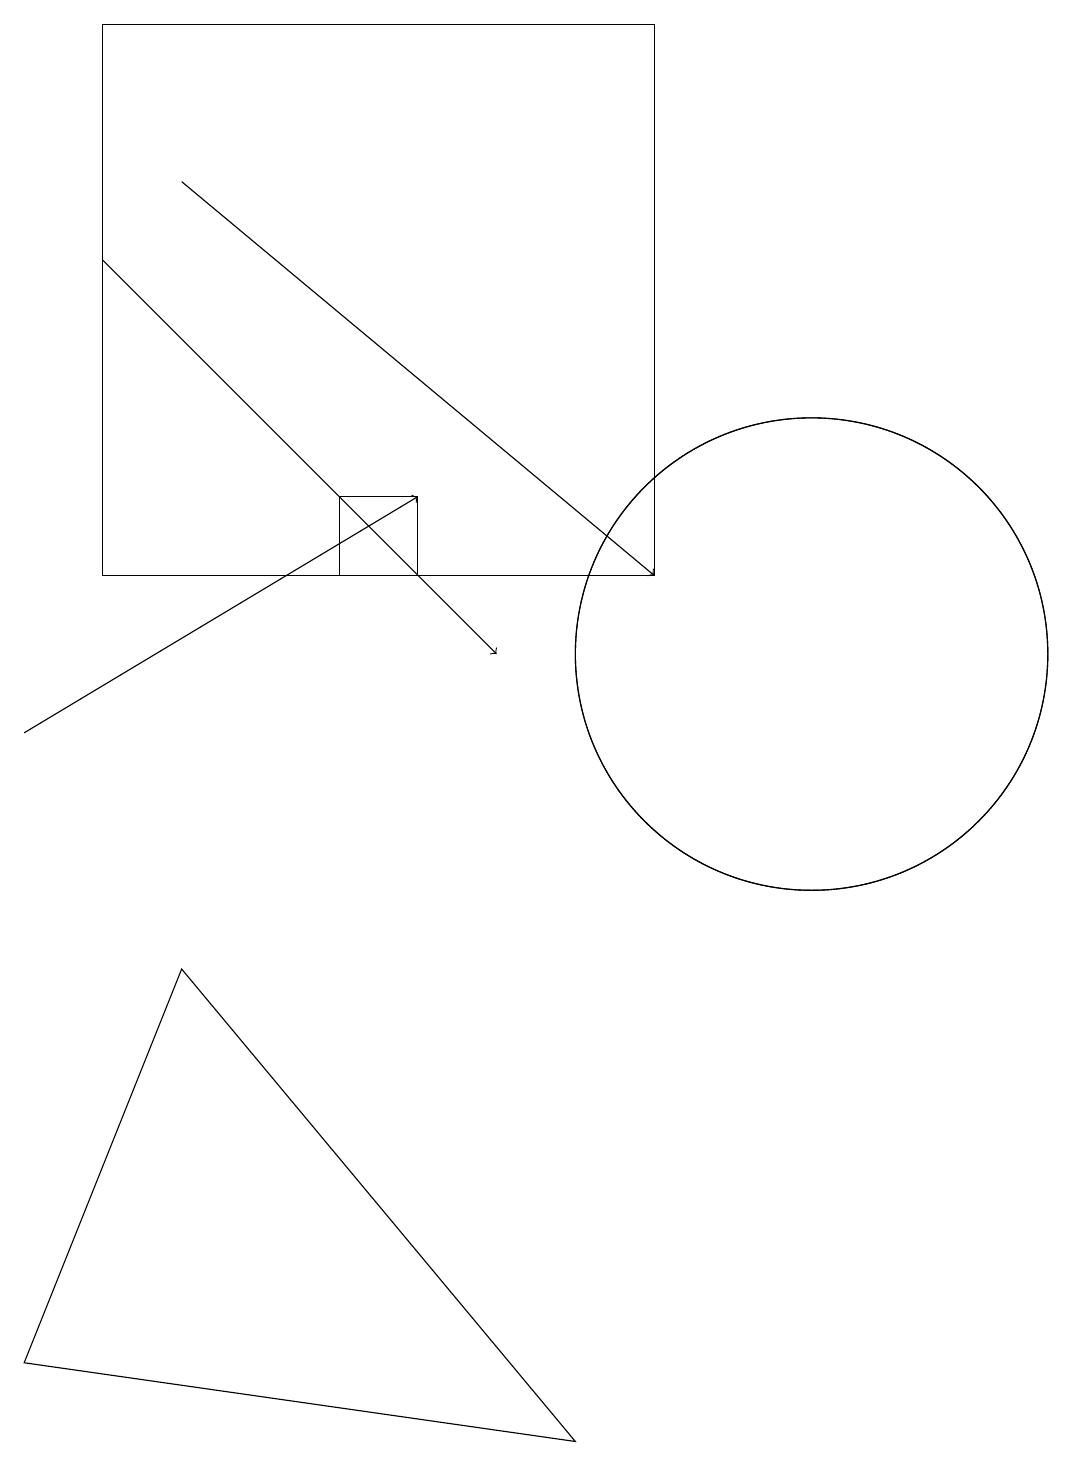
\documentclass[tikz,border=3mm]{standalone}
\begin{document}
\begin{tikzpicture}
\draw (8,1) -- (1,2) -- (3,7) -- cycle;
\draw (5,13) rectangle (6,12);
\draw[->] (3,17) -- (9,12);
\draw (9,12) rectangle (2,19);
\draw[->] (2,16) -- (7,11);
\draw[->] (1,10) -- (6,13);
\draw (11,11) circle (3);
\draw (11,11) circle (3);
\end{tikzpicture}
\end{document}